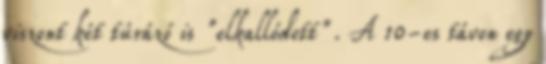
viszont két túrázó is "elkallódott". A 10-es távon egy